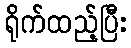
ရိုက်ထည့်ပြီး